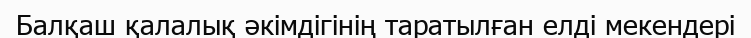
Балқаш қалалық әкімдігінің таратылған елді мекендері